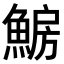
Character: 𩸗